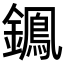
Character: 𨭷